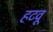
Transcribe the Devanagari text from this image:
हटवू